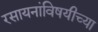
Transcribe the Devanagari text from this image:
रसायनांविषयीच्या